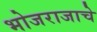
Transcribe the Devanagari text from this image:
भोजराजाचे